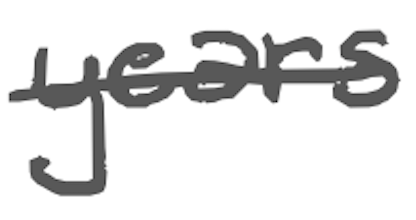
Text: years
Cross-out: mix
Writing tool: digital_gray